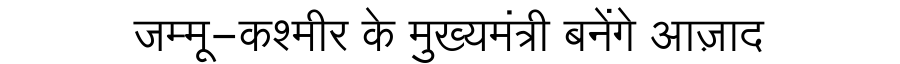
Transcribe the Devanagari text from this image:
जम्मू-कश्मीर के मुख्यमंत्री बनेंगे आज़ाद